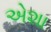
એશા